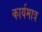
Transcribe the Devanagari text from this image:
कार्यमात्र